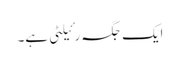
ایک جگہ رئیلٹی ہے۔